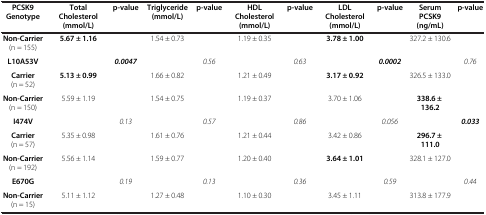
| PCSK9 Genotype | Total Cholesterol (mmol/L) | p-value | Triglyceride (mmol/L) | p-value | HDL Cholesterol (mmol/L) | p-value | LDL Cholesterol (mmol/L) | p-value | Serum PCSK9 (ng/mL) | p-value |
 | --- | --- | --- | --- | --- | --- | --- | --- | --- | --- | --- |
 | Non-Carrier (n = 155) | 5.67 ± 1.16 |  | 1.54 ± 0.73 |  | 1.19 ± 0.35 |  | 3.78 ± 1.00 |  | 327.2 ± 130.6 |  |
 | L10A53V |  | 0.0047 |  | 0.56 |  | 0.63 |  | 0.0002 |  | 0.76 |
 | Carrier (n = 52) | 5.13 ± 0.99 |  | 1.66 ± 0.82 |  | 1.21 ± 0.49 |  | 3.17 ± 0.92 |  | 326.5 ± 133.0 |  |
 | Non-Carrier (n = 150) | 5.59 ± 1.19 |  | 1.54 ± 0.75 |  | 1.19 ± 0.37 |  | 3.70 ± 1.06 |  | 338.6 ± 136.2 |  |
 | I474V |  | 0.13 |  | 0.57 |  | 0.86 |  | 0.056 |  | 0.033 |
 | Carrier (n = 57) | 5.35 ± 0.98 |  | 1.61 ± 0.76 |  | 1.21 ± 0.44 |  | 3.42 ± 0.86 |  | 296.7 ± 111.0 |  |
 | Non-Carrier (n = 192) | 5.56 ± 1.14 |  | 1.59 ± 0.77 |  | 1.20 ± 0.40 |  | 3.64 ± 1.01 |  | 328.1 ± 127.0 |  |
 | E670G |  | 0.19 |  | 0.13 |  | 0.36 |  | 0.59 |  | 0.44 |
 | Non-Carrier (n = 15) | 5.11 ± 1.12 |  | 1.27 ± 0.48 |  | 1.10 ± 0.30 |  | 3.45 ± 1.11 |  | 313.8 ± 177.9 |  |